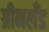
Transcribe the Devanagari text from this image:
ग्रीनलॅंड